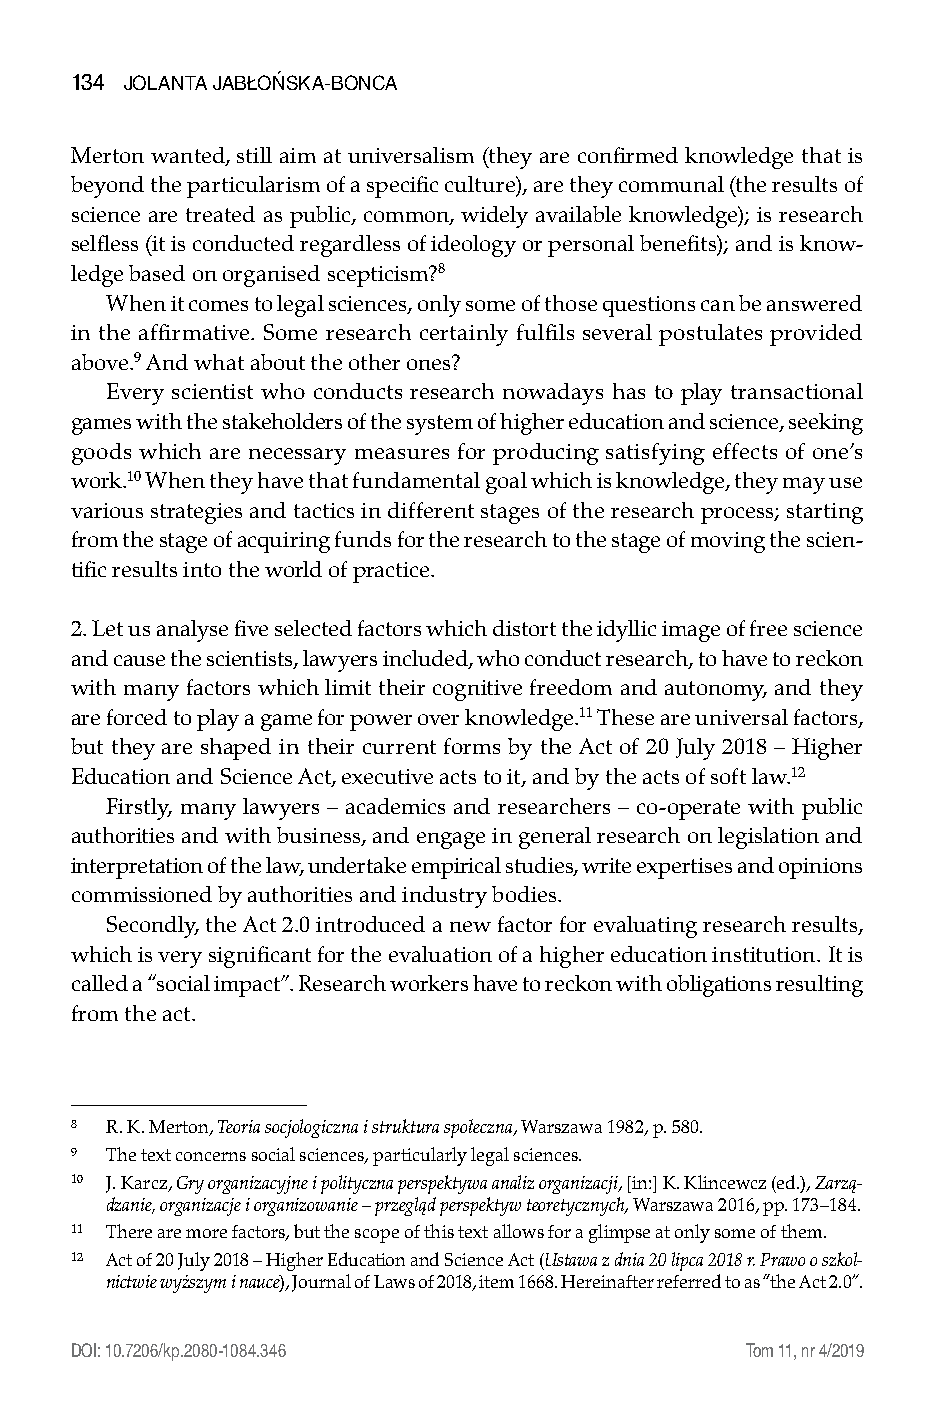
134 Jolanta Jabłońska-bonca
 Merton wanted, still aim at universalism (they are confirmed knowledge that is
 beyond the particularism of a specific culture), are they communal (the results of
 science are treated as public, common, widely available knowledge); is research
 selfless (it is conducted regardless of ideology or personal benefits); and is know-
 ledge based on organised scepticism?8
 When it comes to legal sciences, only some of those questions can be answered
 in the affirmative. Some research certainly fulfils several postulates provided
 above.9 And what about the other ones?
 Every scientist who conducts research nowadays has to play transactional
 games with the stakeholders of the system of higher education and science, seeking
 goods which are necessary measures for producing satisfying effects of one’s
 work.10 When they have that fundamental goal which is knowledge, they may use
 various strategies and tactics in different stages of the research process; starting
 from the stage of acquiring funds for the research to the stage of moving the scien-
 tific results into the world of practice.
 2. Let us analyse five selected factors which distort the idyllic image of free science
 and cause the scientists, lawyers included, who conduct research, to have to reckon
 with many factors which limit their cognitive freedom and autonomy, and they
 are forced to play a game for power over knowledge.11 These are universal factors,
 but they are shaped in their current forms by the Act of 20 July 2018 – Higher
 Education and Science Act, executive acts to it, and by the acts of soft law.12
 Firstly, many lawyers – academics and researchers – co-operate with public
 authorities and with business, and engage in general research on legislation and
 interpretation of the law, undertake empirical studies, write expertises and opinions
 commissioned by authorities and industry bodies.
 Secondly, the Act 2.0 introduced a new factor for evaluating research results,
 which is very significant for the evaluation of a higher education institution. It is
 called a “social impact”. Research workers have to reckon with obligations resulting
 from the act.
 8 R. K. Merton, Teoria socjologiczna i struktura społeczna, Warszawa 1982, p. 580.
 9 The text concerns social sciences, particularly legal sciences.
 10 J. Karcz, Gry organizacyjne i polityczna perspektywa analiz organizacji, [in:] K. Klincewcz (ed.), Zarzą-
 dzanie, organizacje i organizowanie – przegląd perspektyw teoretycznych, Warszawa 2016, pp. 173–184.
 11 There are more factors, but the scope of this text allows for a glimpse at only some of them.
 12 Act of 20 July 2018 – Higher Education and Science Act (Ustawa z dnia 20 lipca 2018 r. Prawo o szkol-
 nictwie wyższym i nauce), Journal of Laws of 2018, item 1668. Hereinafter referred to as “the Act 2.0”.
 DOI: 10.7206/kp.2080-1084.346               Tom 11, nr 4/2019